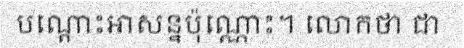
បណ្តោះអាសន្នប៉ុណ្ណោះ។ លោកថា ជា